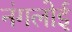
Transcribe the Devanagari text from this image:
नंगलोई